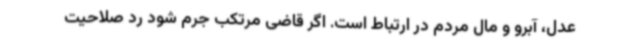
عدل، آبرو و مال مردم در ارتباط است. اگر قاضی مرتکب جرم شود رد صلاحیت